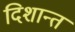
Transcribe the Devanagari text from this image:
दिशान्त